Civil Veterinary Department. Madras. Admin. report 1926-33 - 1926-1933
Year: 1926
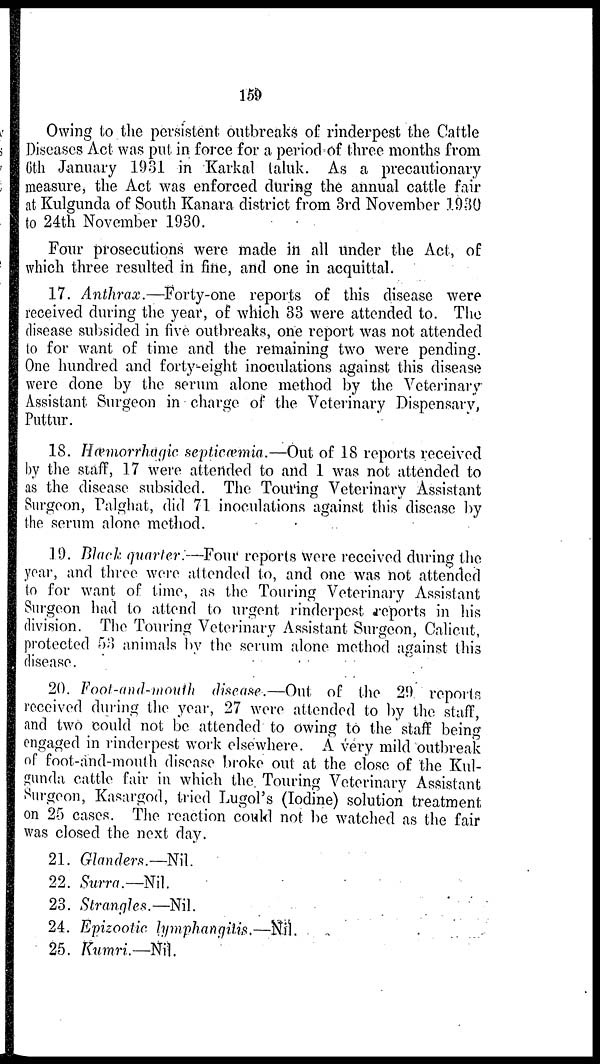
159
Owing to the persistent outbreaks of rinderpest the Cattle
Diseases Act was put in force for a period of three months from
6th January 1931 in Karkal taluk. As a precautionary
measure, the Act was enforced during the annual cattle fair
at Kulgunda of South Kanara district from 3rd November 1930
to 24th November 1930.
Four prosecutions were made in all under the Act, of
which three resulted in fine, and one in acquittal.
17. Anthrax.—Forty-one
reports of this disease were
received during the year, of which 33 were attended to. The
disease subsided in five outbreaks, one report was not attended
to for want of time and the remaining two were pending.
One hundred and forty-eight inoculations against this disease
were done by the serum alone method by the Veterinary
Assistant Surgeon in charge of the Veterinary Dispensary,
Puttur.
18. Hæmorrhagic septicæmia.—Out of 18 reports received
by the staff, 17 were attended to and I was not attended to
as the disease subsided. The Touring Veterinary Assistant
Surgeon, Palghat, did 71 inoculations against this disease by
the serum alone method.
19. Black quarter:—Four reports were received during the
year, and three were attended to, and one was not attended
to for want of time, as the Touring Veterinary Assistant
Surgeon had to attend to urgent rinderpest reports in his
division. The Touring Veterinary Assistant Surgeon, Calicut,
protected 53 animals by the serum alone method against this
disease.
20. Fool-and-mouth disease.—Out of the 29 reports
received during the year, 27 were attended to by the staff,
and two could not be attended to owing to the staff being
engaged in rinderpest work elsewhere. A very mild outbreak
of foot-and-mouth disease broke out at the close of the Kul-
gunda cattle fair in which the Touring Veterinary Assistant
Surgeon, Kasargod, tried Lugol's (Iodine) solution treatment
on 25 cases. The reaction could not be watched as the fair
was closed the next day.
21. Glanders.—Nil.
22. Surra.— Nil.
23. Strangles.—Nil.
24. Epizootic lymphangilis.—Nil.
25. Kumri.—Nil.